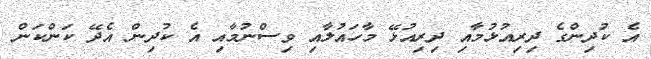
އެ ކުދިންގެ ދިރިއުޅުމާއި ދިރިއުޅޭ މާހައުލާއި ވިސްނުމާއި އެ ކުދިން އެދޭ ކަންކަން